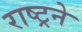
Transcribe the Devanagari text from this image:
राष्ट्रने